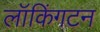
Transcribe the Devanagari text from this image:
लॉकिंगटन